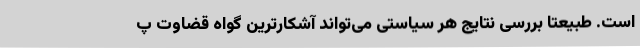
است. طبیعتا بررسی نتایج هر سیاستی می‌تواند آشکارترین گواه قضاوت پ